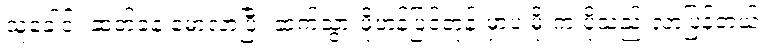
သူ့ခေါင်း ဆတ်ခနဲ မော့လာပြီး ဆက်သွားဖို့ဟန်ပြင်တုန်းမှာပဲ မိုးက ပိုသည်းလာပြန်တယ်။